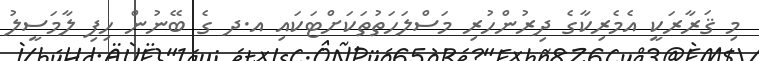
މި ޤަރާރަކީ އެމެރިކާގެ ދިރުންހުރި މަސްލަހަތުތަކަށްޓަކައި އ.ދ ގެ ބޭނުން ހިފި ލާމަސީލު